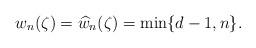
LaTeX: \begin{align*} w_{n}(\zeta)= \widehat{w}_{n}(\zeta)= \min\{ d-1, n\}.\end{align*}